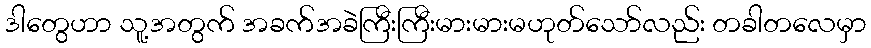
ဒါတွေဟာ သူ့အတွက် အခက်အခဲကြီးကြီးမားမားမဟုတ်သော်လည်း တခါတလေမှာ